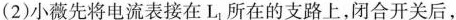
(2)小薇先将电流表接在L_{1}所在的支路上，闭合开关后，